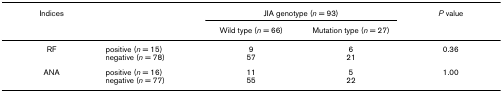
| Indices |  | <COLSPAN=2> JIA genotype (n = 93) | P value |
 |  |  | Wild type (n = 66) | Mutation type (n = 27) |  |
 | --- | --- | --- | --- | --- |
 | RF | positive (n = 15)negative (n = 78) | 957 | 621 | 0.36 |
 | ANA | positive (n = 16)negative (n = 77) | 1155 | 522 | 1.00 |